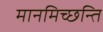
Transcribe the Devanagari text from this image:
मानमिच्छन्ति